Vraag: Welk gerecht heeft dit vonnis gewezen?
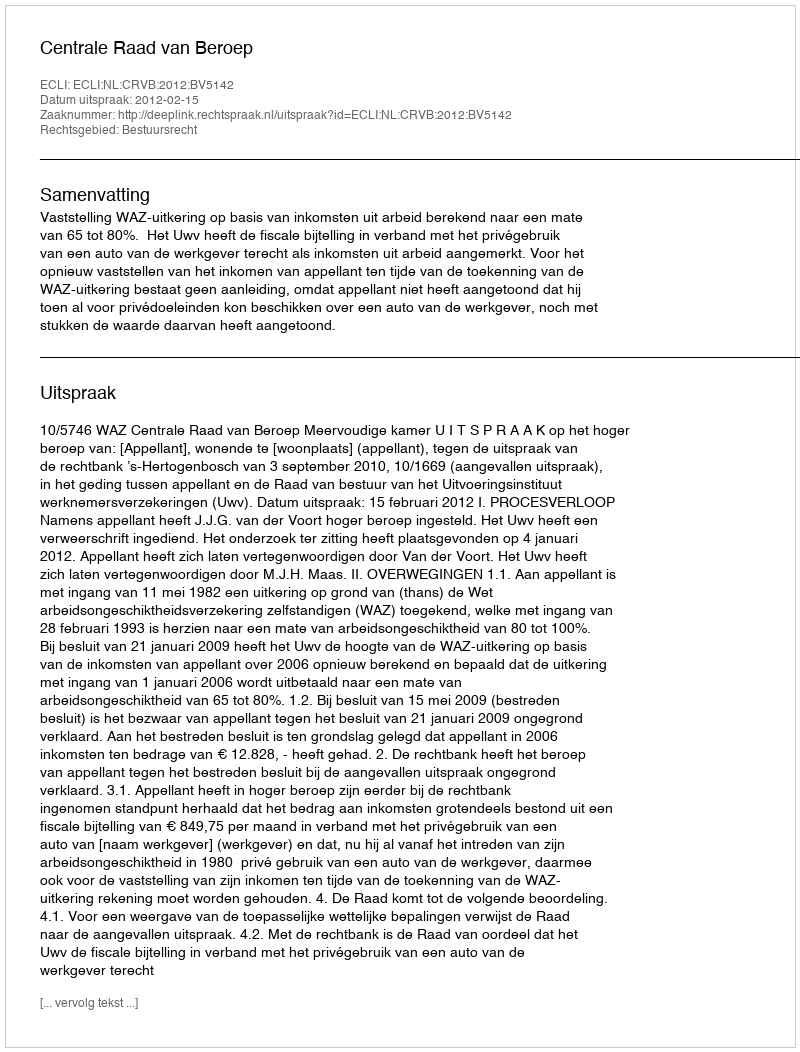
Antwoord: Centrale Raad van Beroep